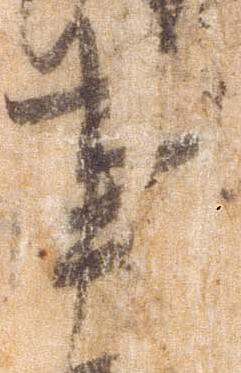
事